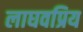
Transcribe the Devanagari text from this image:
लाघवप्रिय